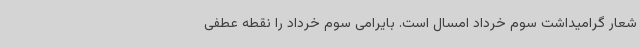
شعار گرامیداشت سوم خرداد امسال است. بایرامی سوم خرداد را نقطه عطفی